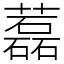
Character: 藞